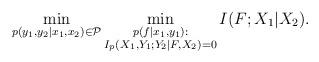
LaTeX: \begin{align*}\min_{p(y_1,y_2|x_1,x_2)\in \mathcal{P}} \min_{\substack{p(f|x_1,y_1): \\I_p(X_1,Y_1;Y_2|F,X_2)=0}} I(F;X_1|X_2).\end{align*}